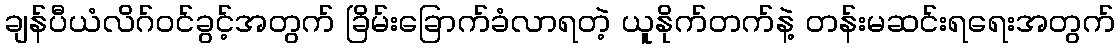
ချန်ပီယံလိဂ်ဝင်ခွင့်အတွက် ခြိမ်းခြောက်ခံလာရတဲ့ ယူနိုက်တက်နဲ့ တန်းမဆင်းရရေးအတွက်